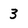
Character: 3